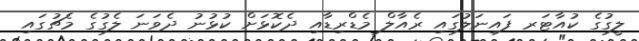
ލީގުގެ ކުއާޓަރ ފައިނަލުގައި ރެއާލް މެޑްރިޑާއި ދެކޮޅަށް ކުޅުނު ދެވަނަ ލެގުގެ މެޗުގައި